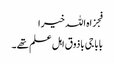
فجزاہ اللہ خیرا
بابا جی باذوق اہل علم تھے ۔